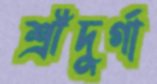
শ্রীদুর্গা